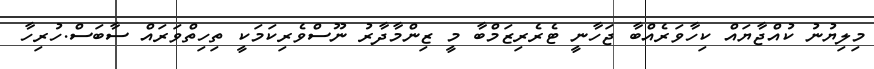
މިލިޔުނު ކުއްޖާޔައް ކިހާވަރެއްބާ ޖަހާނީ ޓެރެރިޒަމްބާ މީ ޒިންމާދާރު ނޫސްވެރިކަމަކީ ތިހިތްވަރަައް ސާބަސް.ހުރިހާ